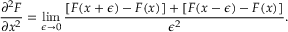
{ \frac { \partial ^ { 2 } F } { \partial x ^ { 2 } } } = \operatorname* { l i m } _ { \epsilon \rightarrow 0 } { \frac { [ F ( x + \epsilon ) - F ( x ) ] + [ F ( x - \epsilon ) - F ( x ) ] } { \epsilon ^ { 2 } } } .